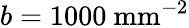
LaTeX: b=1000~\textrm{mm}^{-2}